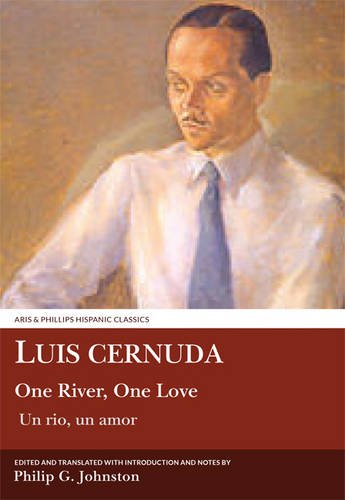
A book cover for Luis Cernuda: One River, One Love: Translated with an introduction and notes by Philip G. Johnston (Aris & Phillips Hispanic Classics); Philip G. Johnston; Biographies & Memoirs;